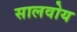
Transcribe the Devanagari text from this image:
सालवोय